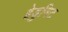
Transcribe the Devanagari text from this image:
हेडुनिट